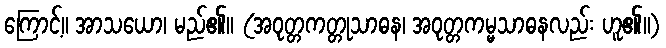
ကြောင့်။ အာသယော၊ မည်၏။ (အဝုတ္တကတ္တုသာဓန၊ အဝုတ္တကမ္မသာဓနလည်း ဟူ၏။)